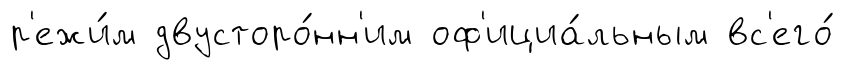
р'ежи́м двусторо́нн'им оф'ициа́льным вс'его́